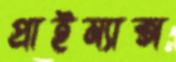
প্রাইম্যাক্স